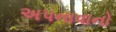
અપનાવાનો